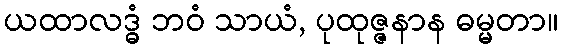
ယထာလဒ္ဓံ ဘဝံ သာယံ, ပုထုဇ္ဇနာန ဓမ္မတာ။